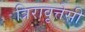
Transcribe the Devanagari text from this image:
त्रिरावृत्तेसी